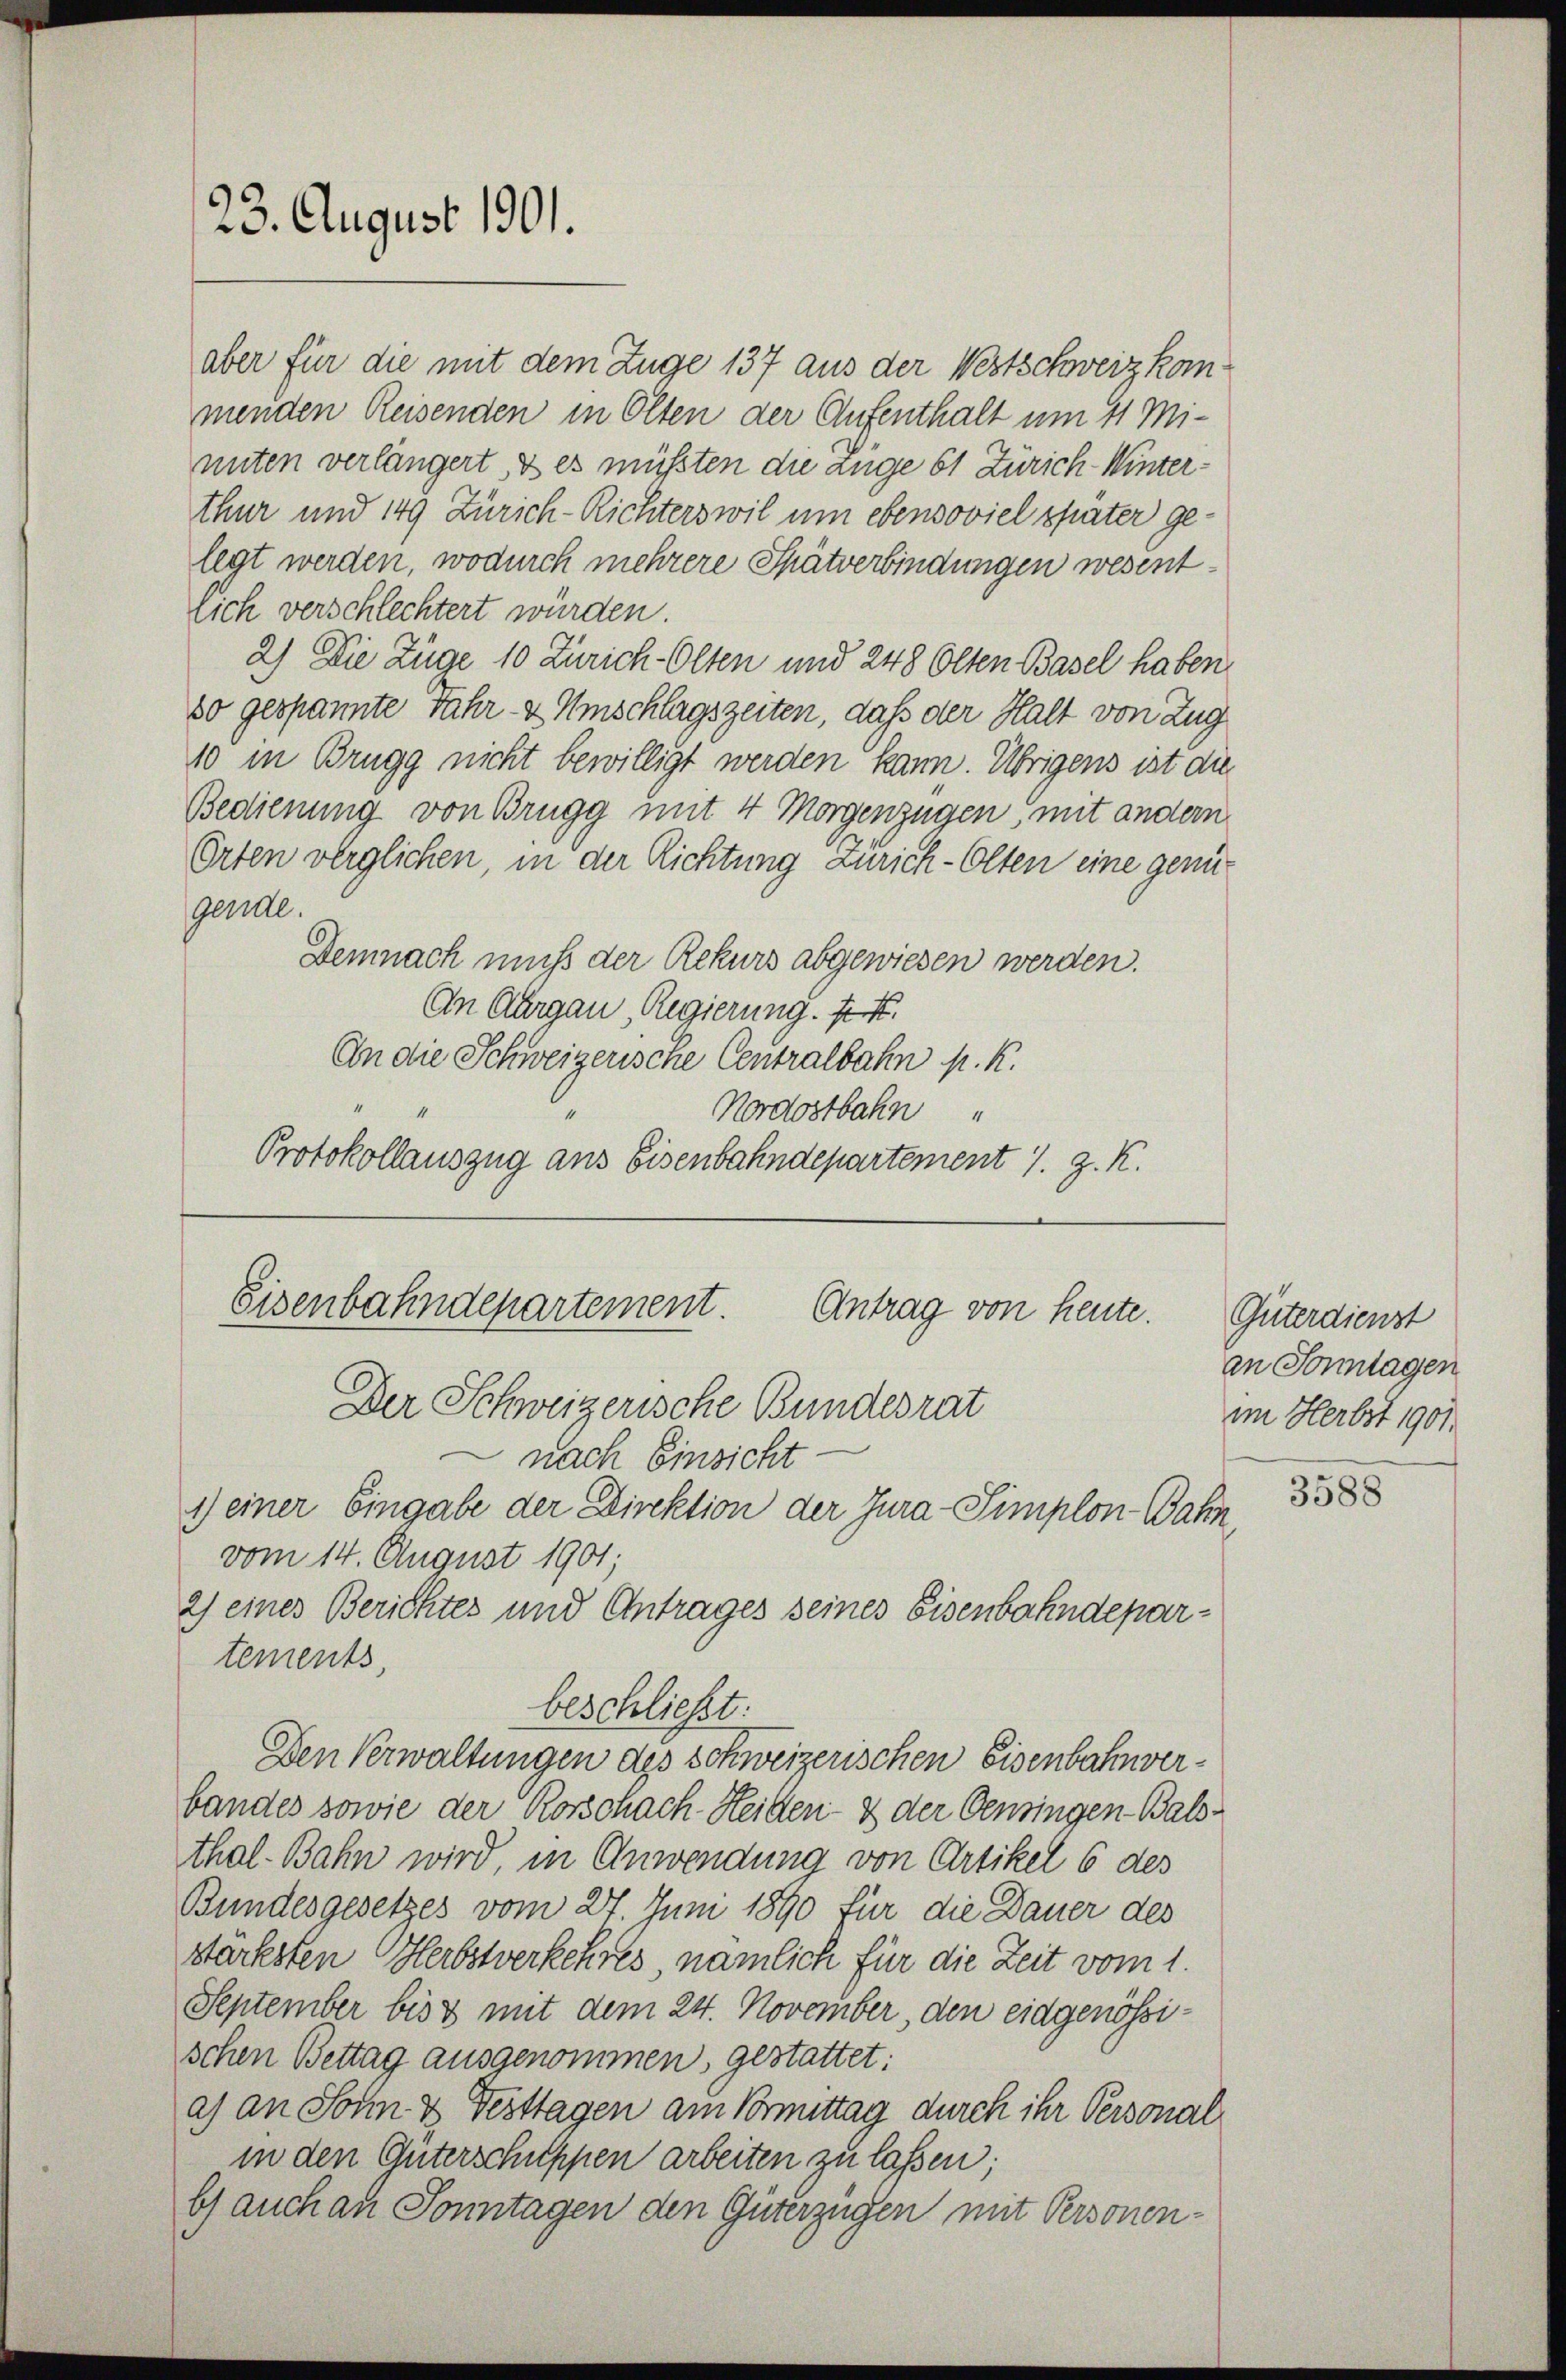
23. August 1901.

aber für die mit dem Zuge 137 aus der Westschweiz kommenden Reisenden in Olten der Aufenthalt um 11 Miunten verlängert, & es müssten die ange 61 Zürich Winterthur und 149 Zürich-Richterswil um ebensoviel später gelegt werden, wodurch mehrere Spätverbindungen wesentlich verschlechtert würden.
2) Die Züge 10 Zürich-Olten und 248 Olten Basel haben
80 gespannte Jahr- & Umschlagszeiten, daß der Halt von Zug
10 in Brugg nicht bewilligt werden kann. Übrigens ist die
Bedienung von Brugg mit 4 Morgenzügen, mit andern
Orten verglichen, in der Richtung Zürich-Olten eine genügende.
Demnach muß der Rekurs abgewiesen werden.
An Aargau Regierung. Fr.
An die Schweizerische Centralbahn p. K.
Nordostbahn
Protokollauszug aus Eisenbahndepartement J. J. K.

vom 14. August 1901;
2) eines Berichtes und Antrages seines Eisenbahndepartements,
beschließt:
Den Verwaltungen des schweizerischen Eisenbahnverbandes sowie der Korschach-Heiten- & der Pensingen Balsthal-Bahn wird, in Anwendung von Artikel 6 des
Bundesgesetzes vom 27. Juni 1890 für die Dauer des
stärksten Herbstverkehres nämlich für die Zeit vom 1.
September bis 3 mit dem 24. November, den eidgenössischen Bettag ausgenommen, gestattet:
a) an Sonn & Festtagen am Vormittag durch ihr Personal
in den Unterschuppen arbeiten zu lassen;
b) auch an Sonntagen den Güterzügen mit Personen¬

Eisenbahndepartement. Antrag von heute.
Der Schweizerische Bundesrat
 nach Einsicht
1) einer Eingabe der Direktion der Jura-Simplon-Bahn

Güterdienst
an Sonntagen
im Herbst 1901.

3588